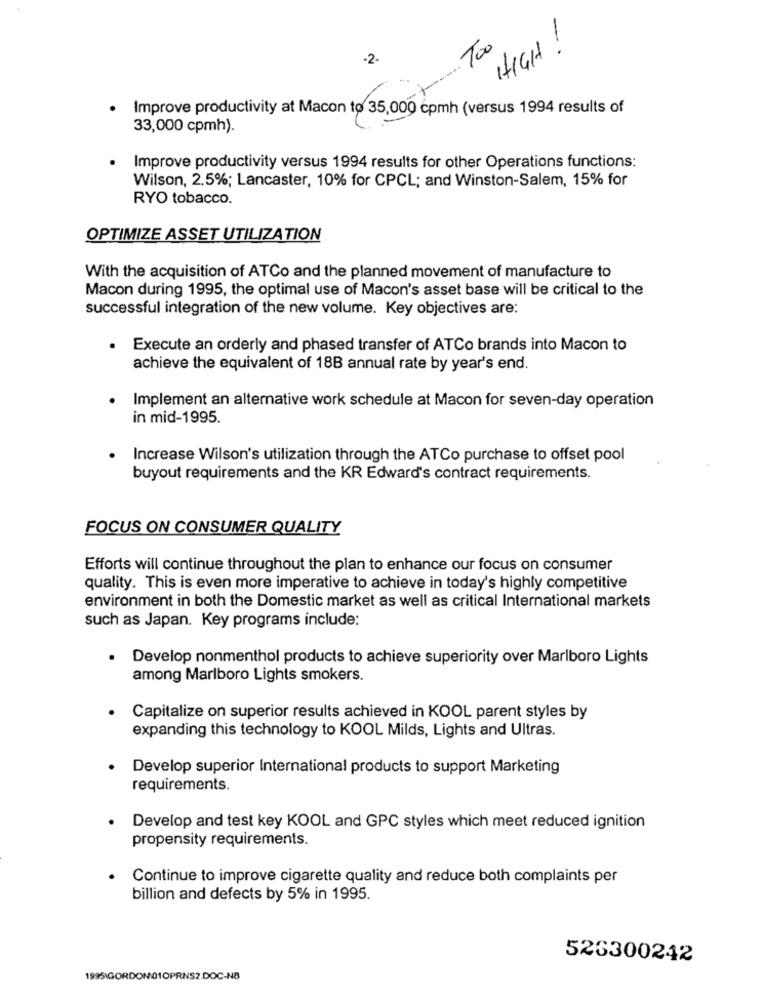
HIGH !
Too
.2.
Improve productivity at Macon to 35,000 cpmh (versus 1994 results of
33,000 cpmh).
· Improve productivity versus 1994 results for other Operations functions:
Wilson, 2.5%; Lancaster, 10% for CPCL; and Winston-Salem, 15% for
RYO tobacco.
OPTIMIZE ASSET UTILIZATION
With the acquisition of ATCo and the planned movement of manufacture to
Macon during 1995, the optimal use of Macon's asset base will be critical to the
successful integration of the new volume. Key objectives are:
.
Execute an orderly and phased transfer of ATCo brands into Macon to
achieve the equivalent of 18B annual rate by year's end.
Implement an alternative work schedule at Macon for seven-day operation
in mid-1995.
Increase Wilson's utilization through the ATCo purchase to offset pool
buyout requirements and the KR Edward's contract requirements.
FOCUS ON CONSUMER QUALITY
Efforts will continue throughout the plan to enhance our focus on consumer
quality. This is even more imperative to achieve in today's highly competitive
environment in both the Domestic market as well as critical International markets
such as Japan. Key programs include:
Develop nonmenthol products to achieve superiority over Marlboro Lights
among Marlboro Lights smokers.
Capitalize on superior results achieved in KOOL parent styles by
expanding this technology to KOOL Milds, Lights and Ultras.
Develop superior International products to support Marketing
requirements.
Develop and test key KOOL and GPC styles which meet reduced ignition
propensity requirements.
Continue to improve cigarette quality and reduce both complaints per
billion and defects by 5% in 1995.
526300242
1995\GORDON01OPRNS2.DOC-NB